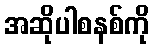
အဆိုပါစနစ်ကို